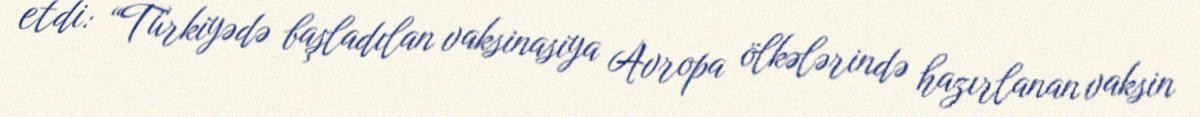
etdi: “Türkiyədə başladılan vaksinasiya Avropa ölkələrində hazırlanan vaksin